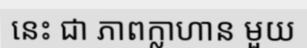
នេះ ជា ភាពក្លាហាន មួយ